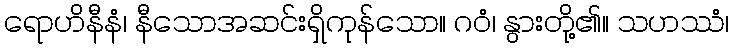
ရောဟိနီနံ၊ နီသောအဆင်းရှိကုန်သော။ ဂဝံ၊ နွားတို့၏။ သဟဿံ၊